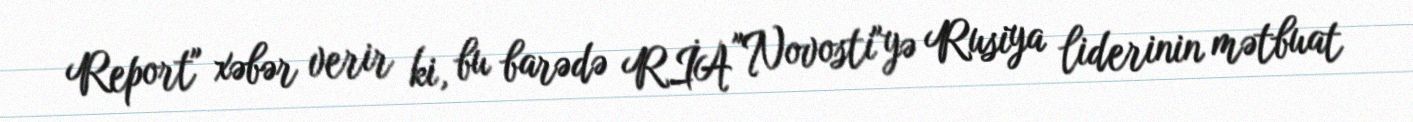
Report" xəbər verir ki, bu barədə RİA "Novosti"yə Rusiya liderinin mətbuat